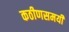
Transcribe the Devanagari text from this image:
कठीणसमयी